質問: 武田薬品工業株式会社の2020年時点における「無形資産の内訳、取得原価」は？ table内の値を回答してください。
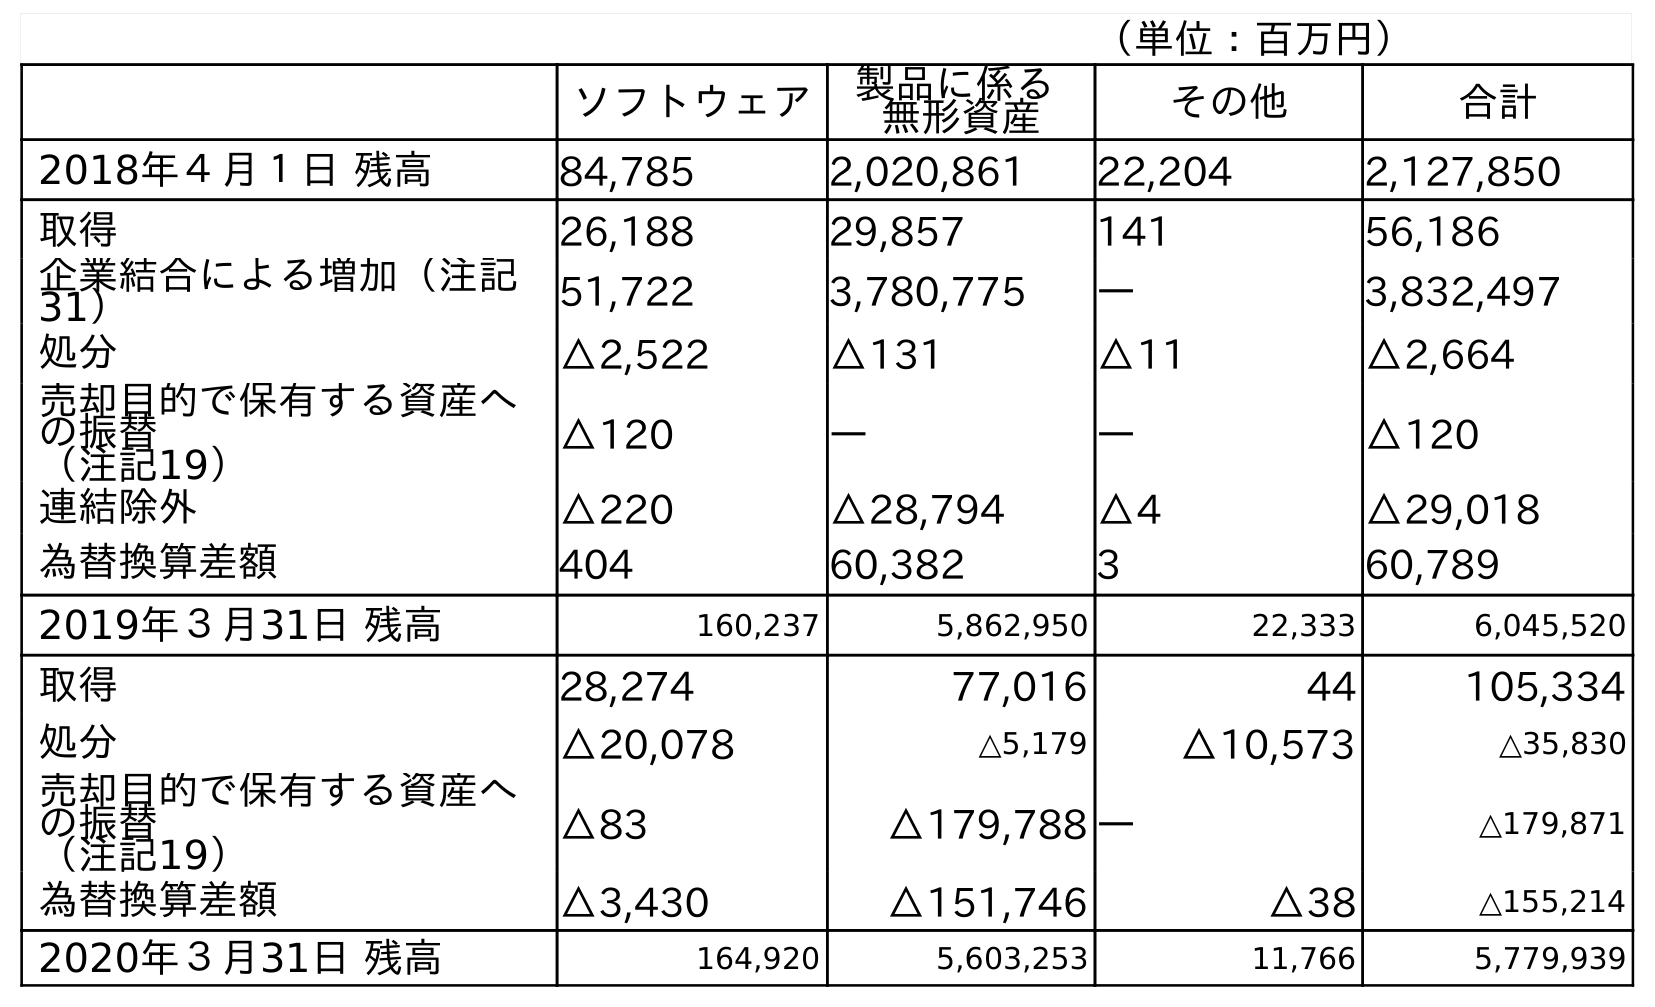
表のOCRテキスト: （単位：百万円） ソフトウェア 製品に係る 無形資産 その他 合計 2018年４月１日 残高 84,785 2,020,861 22,204 2,127,850 取得 26,188 29,857 141 56,186 企業結合による増加（注記 31） 51,722 3,780,775 ― 3,832,497 処分 △2,522 △131 △11 △2,664 売却目的で保有する資産へ の振替 （注記19） △120 ― ― △120 連結除外 △220 △28,794 △4 △29,018 為替換算差額 404 60,382 3 60,789 2019年３月31日 残高 160,237 5,862,950 22,333 6,045,520 取得 28,274 77,016 44 105,334 処分 △20,078 △5,179 △10,573 △35,830 売却目的で保有する資産へ の振替 （注記19） △83 △179,788 ― △179,871 為替換算差額 △3,430 △151,746 △38 △155,214 2020年３月31日 残高 164,920 5,603,253 11,766 5,779,939
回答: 5,779,939